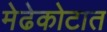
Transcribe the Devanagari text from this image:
मेढेकोटात